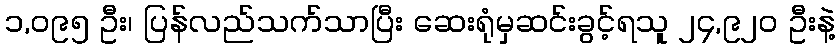
၁,၀၉၅ ဦး၊ ပြန်လည်သက်သာပြီး ဆေးရုံမှဆင်းခွင့်ရသူ ၂၄,၉၂၀ ဦးနဲ့